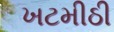
ખટમીઠી